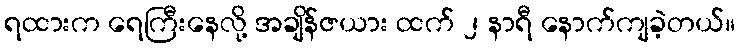
ရထားက ရေကြီးနေလို့ အချိန်ဇယား ထက် ၂ နာရီ နောက်ကျခဲ့တယ်။